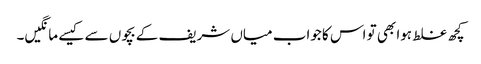
کچھ غلط ہوا بھی تو اس کا جواب میاں شریف کے بچوں سے کیسے مانگیں۔